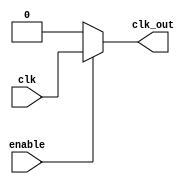
module clock_gating (
    input wire clk,        // Primary clock signal
    input wire enable,     // Enable signal for clock gating
    output reg clk_out     // Gated clock output
);

// Always block to implement the clock gating logic
always @(*) begin
    if (enable) begin
        clk_out = clk;    // When enabled, pass the clock signal
    end else begin
        clk_out = 1'b0;   // When disabled, hold the clock low
    end
end

endmodule